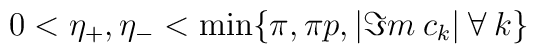
0<\eta _{+},\eta _{-}<\min \{\pi ,\pi p,|\Im m\: c_{k}|\: \forall \: k\}